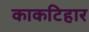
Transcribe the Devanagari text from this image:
काकटिहार